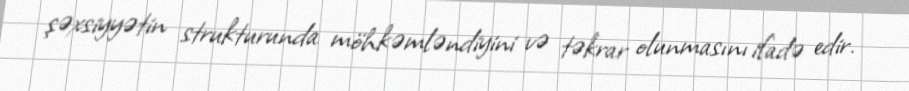
şəxsiyyətin strukturunda möhkəmləndiyini və təkrar olunmasını ifadə edir.